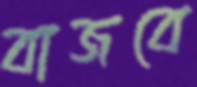
বাজবে